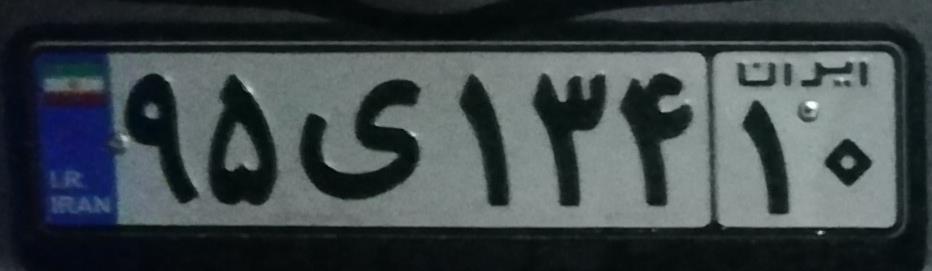
۹۵ی۱۳۴۱۰